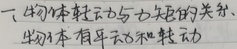
一、刚体转动与力矩的关系
刚体有平动和转动